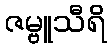
ဇမ္ဗူသီရိ